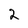
Character: 2